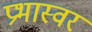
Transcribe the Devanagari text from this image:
प्रभास्वर